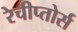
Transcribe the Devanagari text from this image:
रेचीप्तोर्स